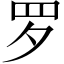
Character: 罗